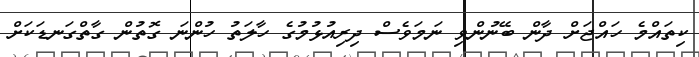
ކިތައްމެ ހައްޖަށް ދާން ބޭނުންވި ނަމަވެސް ދިރިއުޅުމުގެ ހާލަތު ހުންނަ ގޮތުން ގާތްގަނޑަކަށް